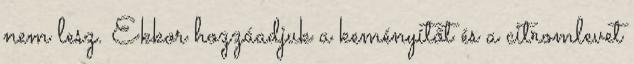
nem lesz. Ekkor hozzáadjuk a keményítőt és a citromlevet